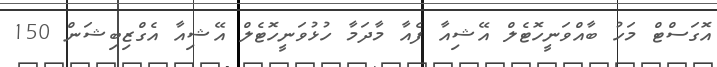
އޮގަސްޓް މަހު ބާއްވަނީހޮޓެލް އޭޝިއާ ފެއާ މާދަމާ ހުޅުވަނީހޮޓެލް އޭޝިއާ އެގްޒިބިޝަން 150